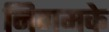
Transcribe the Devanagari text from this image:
निगमके